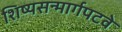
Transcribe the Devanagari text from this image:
शिष्यसन्मार्गपटवे